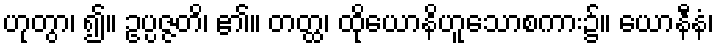
ဟုတွာ၊ ၍။ ဥပ္ပဇ္ဇတိ၊ ၏။ တတ္ထ၊ ထိုယောနိဟူသောစကား၌။ ယောနီနံ၊